Vabadussoja_Ajaloo_Komitee, lk 58
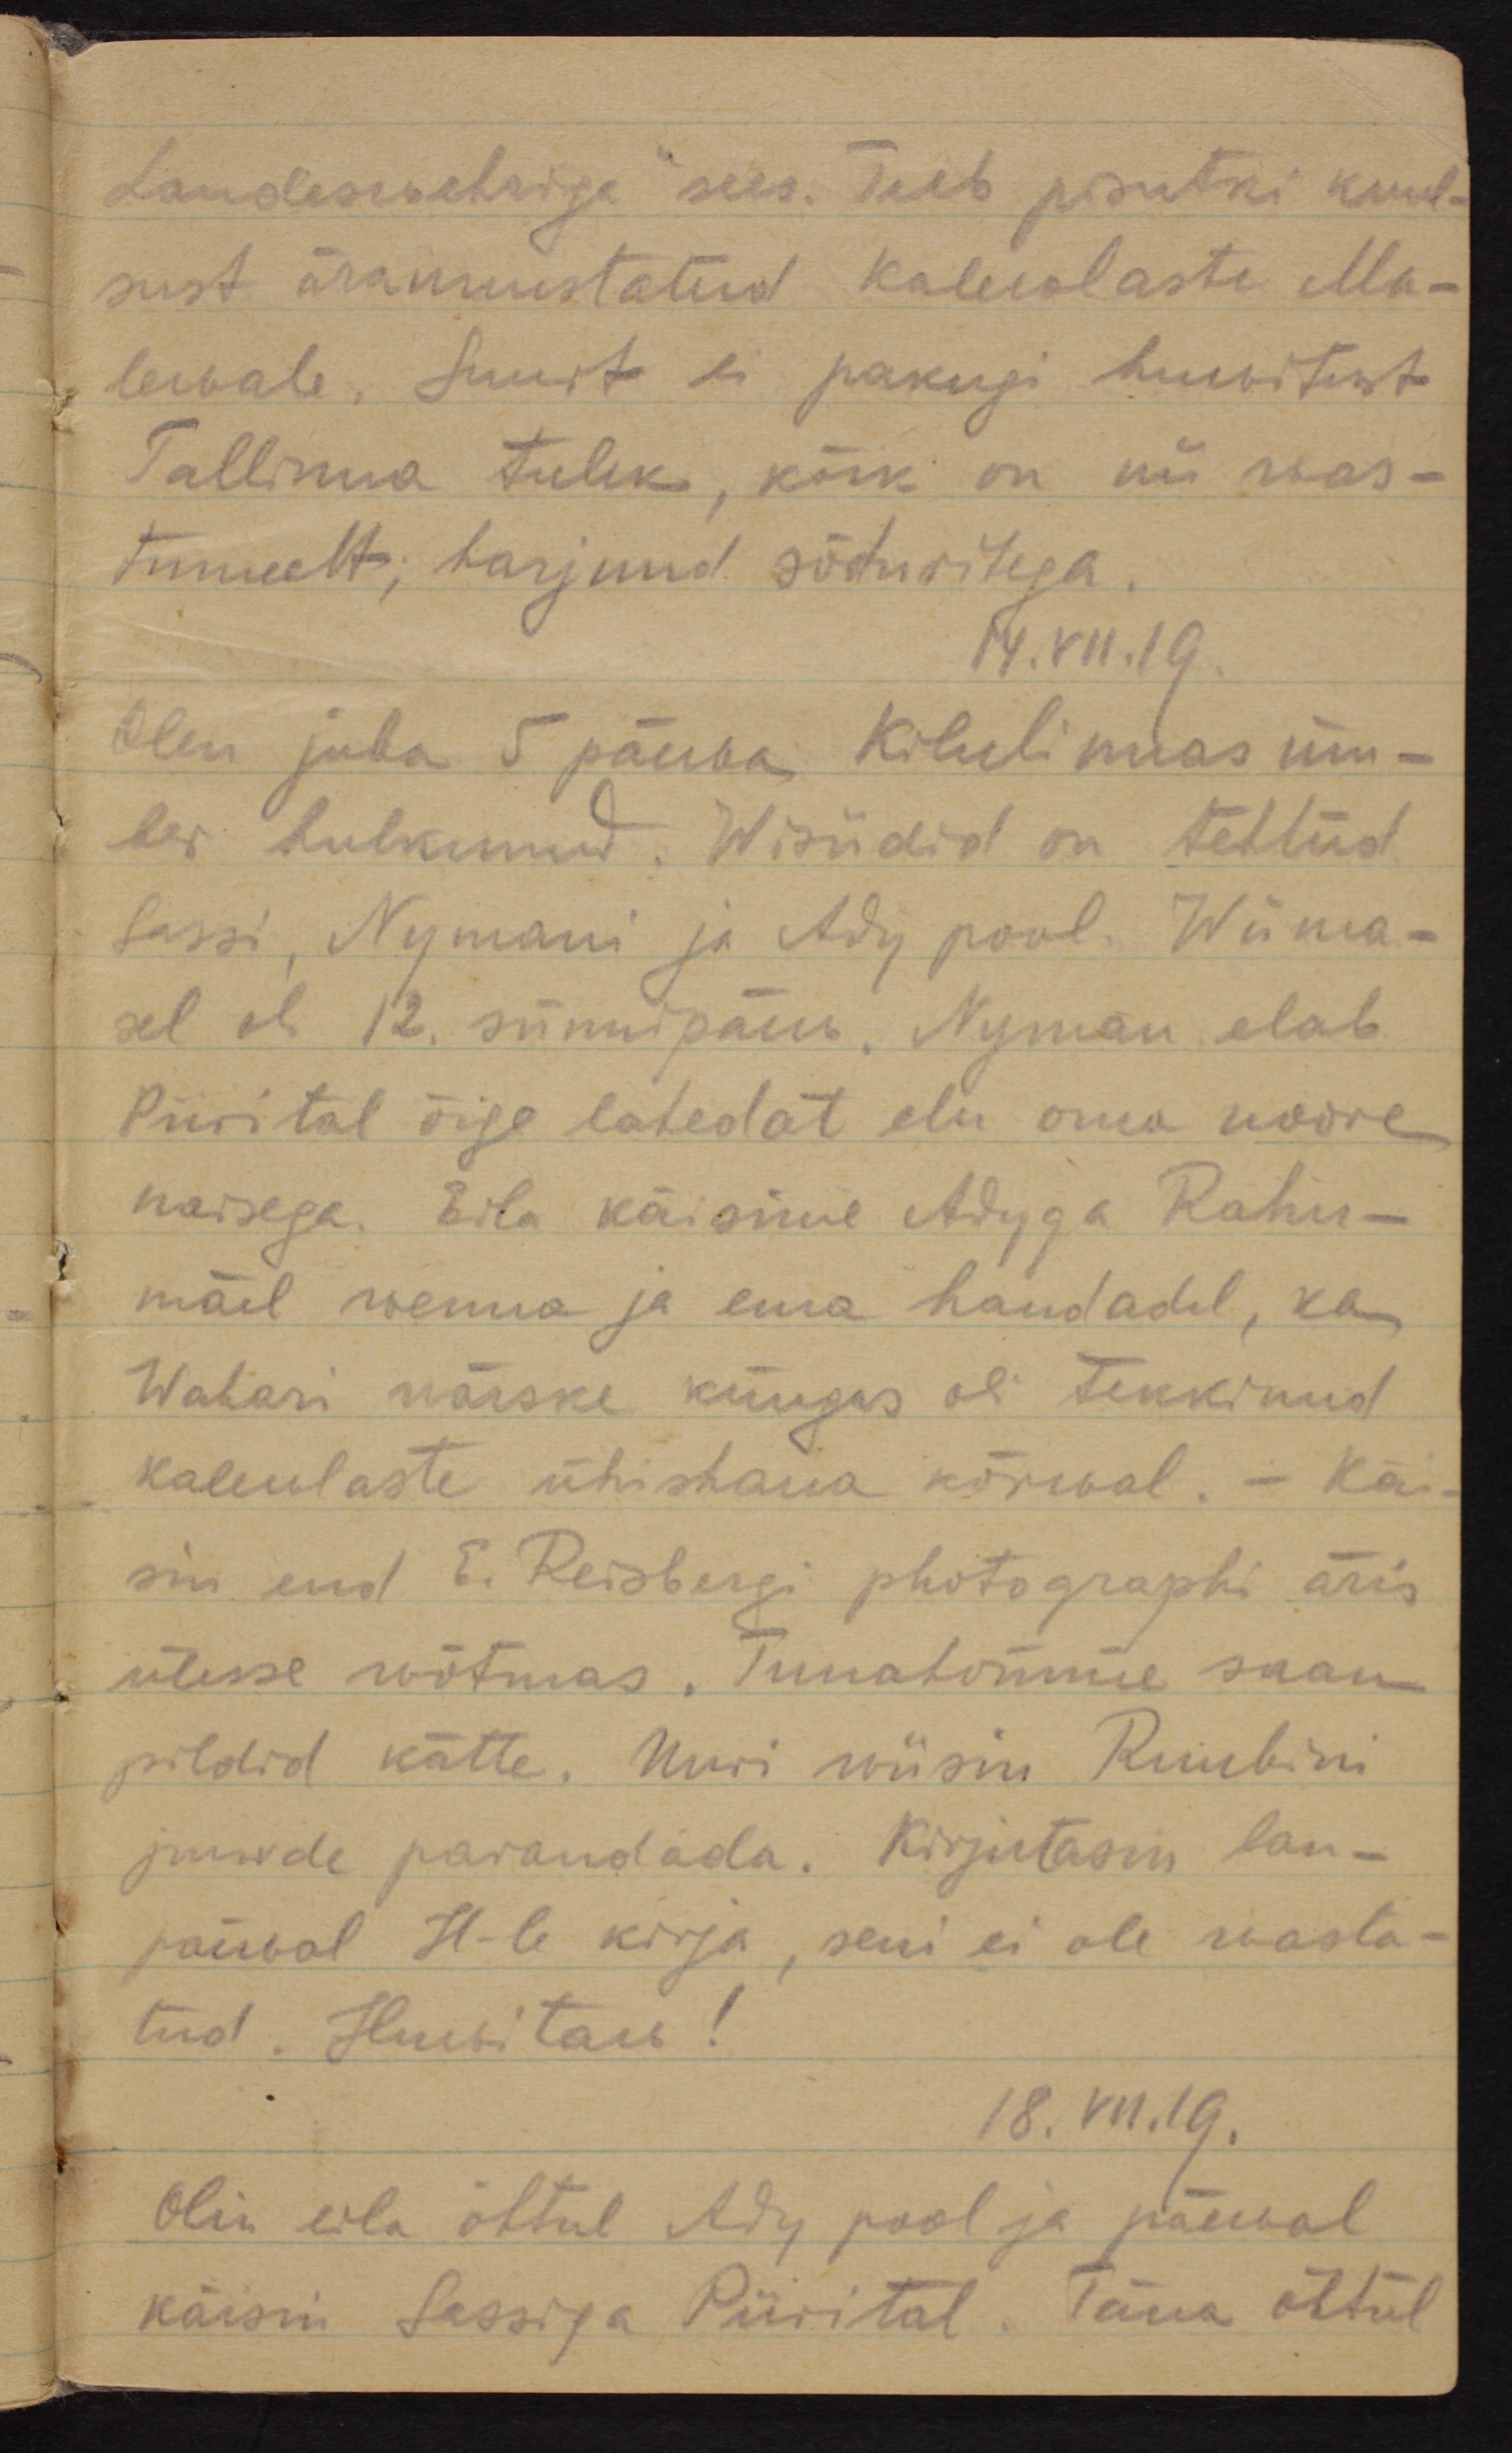
Landeswehriga" sees. Teeb pisutki kuul-
sust äraunustatud kalewlaste Ma-
levale. Suurt ei pakugi huwitust
Tallinna tulek, kõik on nii was-
tumeelt; harjunud sõduritega.
14.VII.19.
Olen juba 5 päewa Kilulinnas üm-
ber hulkunud. Wisiidid on tehtud
Sassi, Nymani ja Ady pool. Wiima-
sel oli 12. sünnipäew. Nyman elab
Piirital õige lahedat elu oma noore
naisega. Eila käisime Adyga Rahu-
mäel wenna ja ema haudadel, ka
Wahari wärske küngas oli tekkinud
kalewlaste ühishaua kõrwal. - Käi-
sin end E. Reisbergi photographi äris
ülesse wõtmas. Tunahomme saan
pildid kätte. Uuri wiisin Ruubini
juurde parandada. Kirjutasin lau-
päewal H-le kirja, seni ei ole wasta-
tud. Huvitaw!
18.VII.19.
Olin eila õhtul Ady pool ja päewal
käisin Sassiga Piirital. Täna õhtul